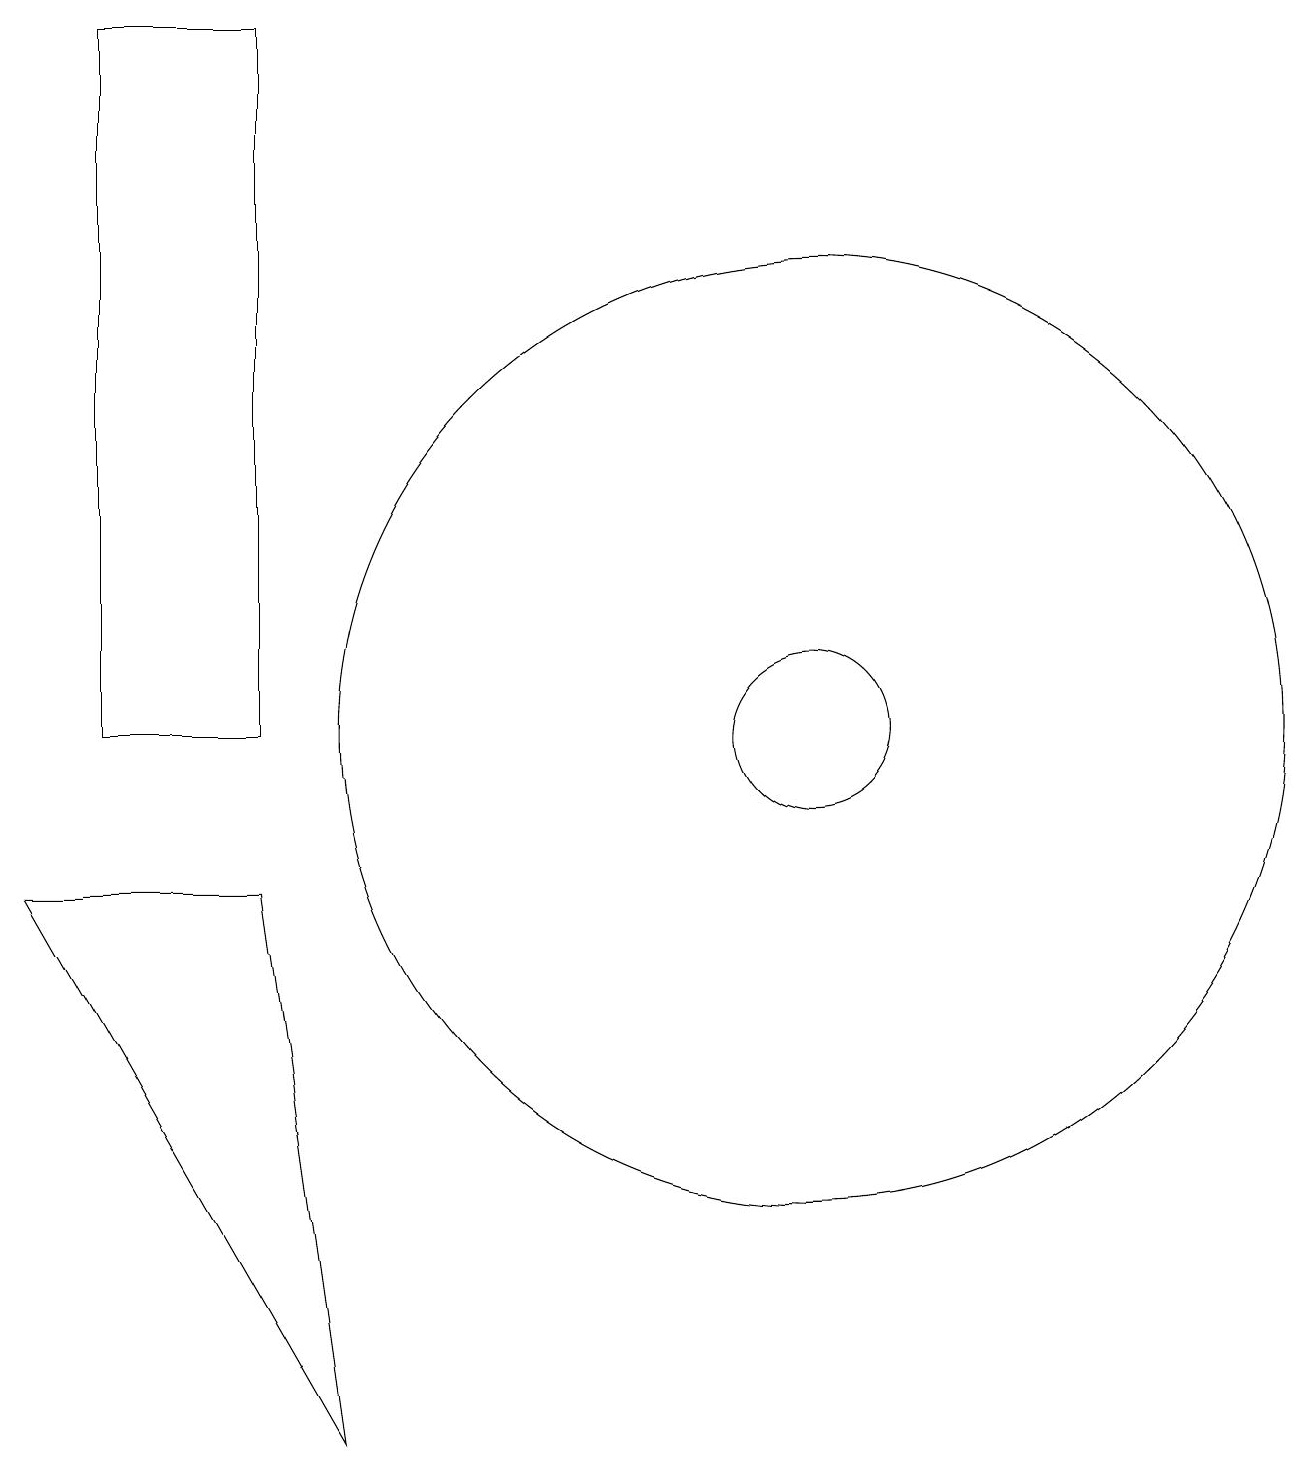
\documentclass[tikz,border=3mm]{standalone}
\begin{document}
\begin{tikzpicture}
\draw (10,10) circle (6);
\draw (10,10) circle (1);
\draw (0,8) -- (4,1) -- (3,8) -- cycle;
\draw (3,19) rectangle (1,10);
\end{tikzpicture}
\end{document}